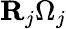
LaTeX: {\mathbf R}_{j}\Omega_{j}